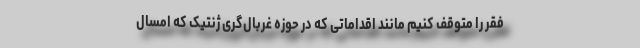
فقر را متوقف کنیم مانند اقداماتی که در حوزه غربال‌گری ژنتیک که امسال